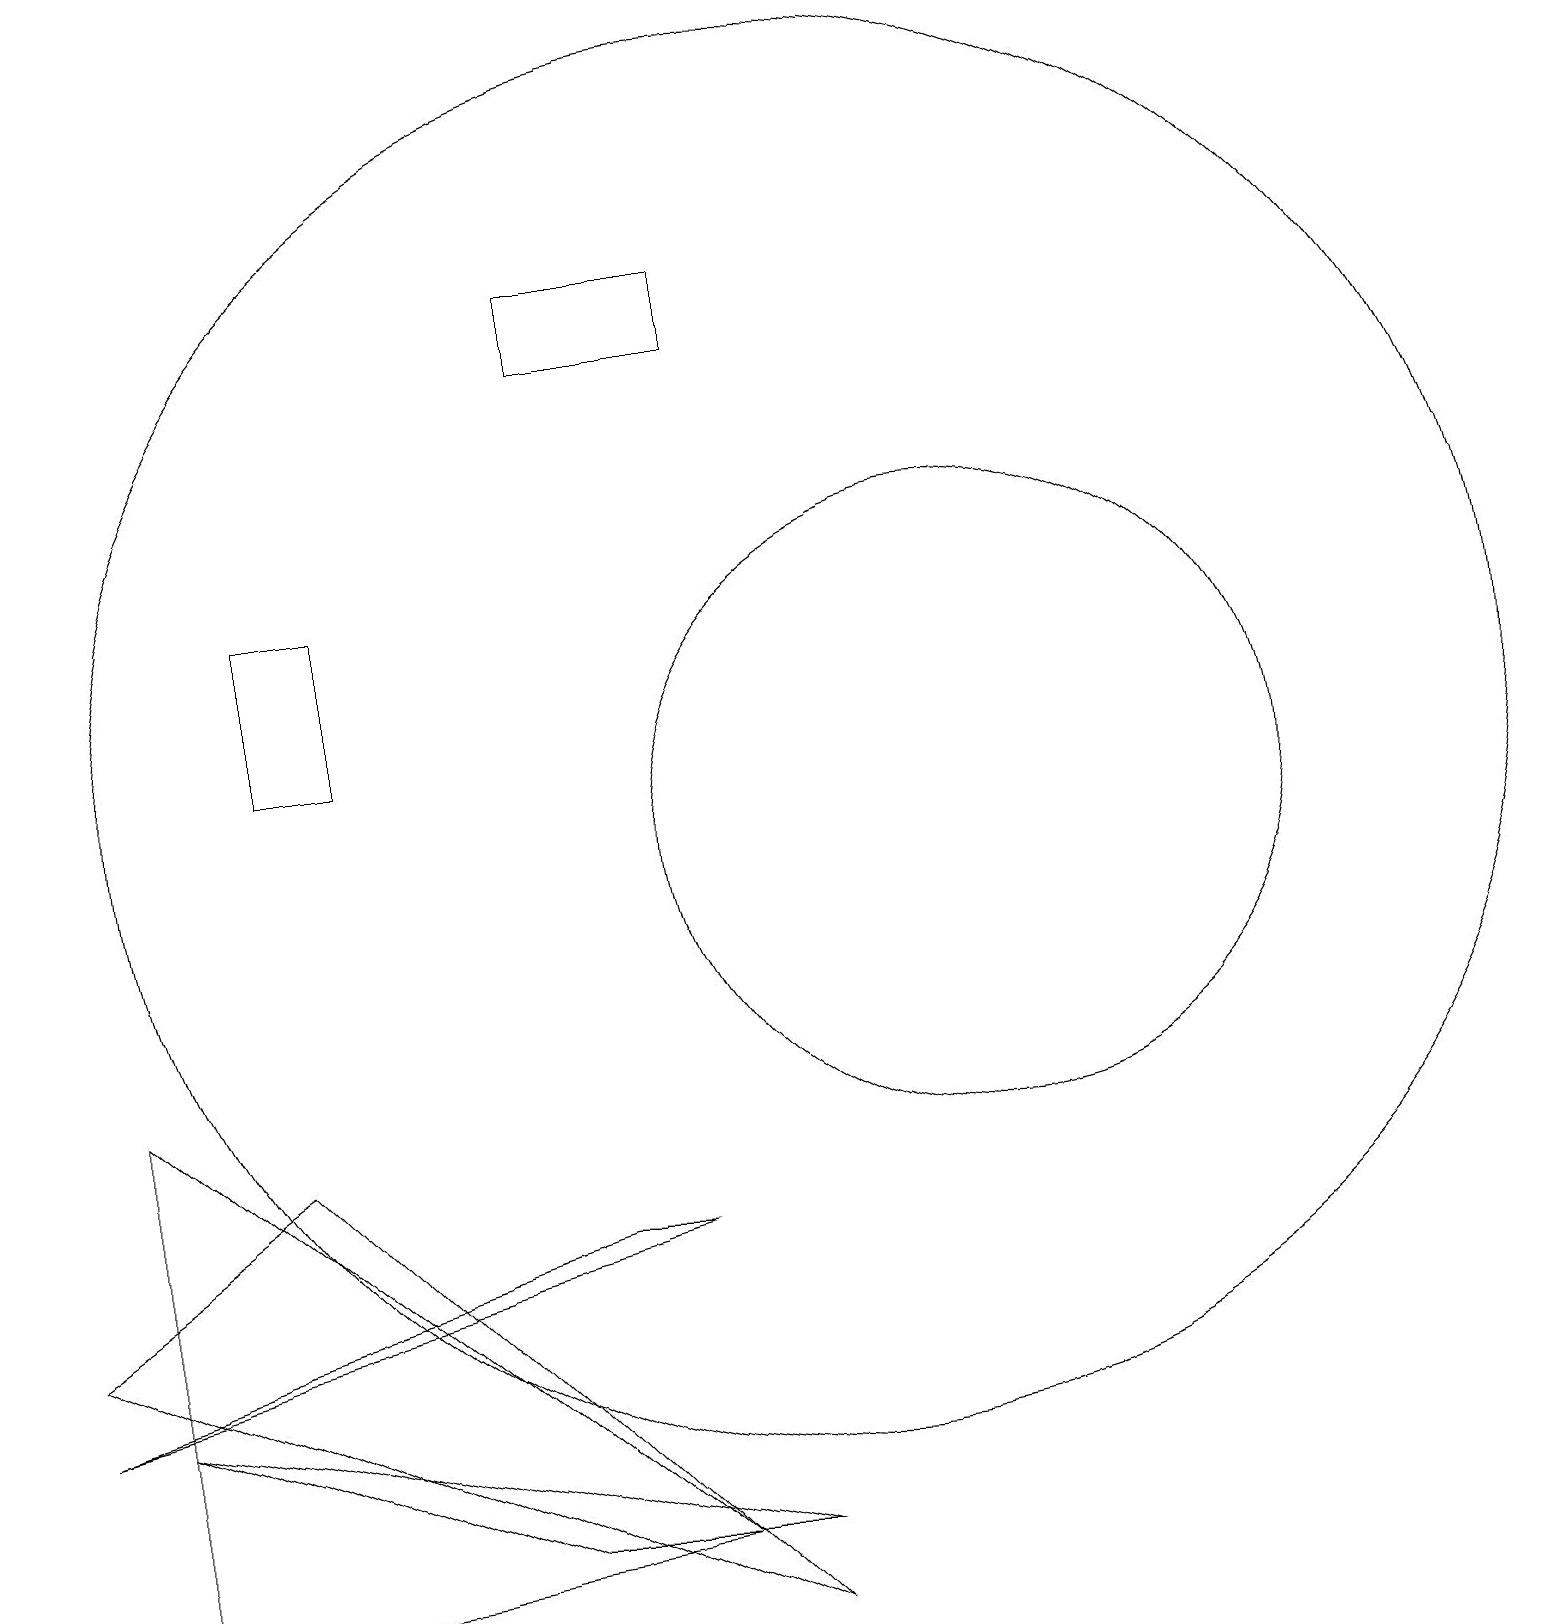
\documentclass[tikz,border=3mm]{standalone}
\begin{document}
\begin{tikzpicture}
\draw (10,11) circle (9);
\draw (12,10) circle (4);
\draw (4,13) rectangle (3,11);
\draw (9,17) rectangle (7,16);
\draw (1,3) -- (6,1) -- (9,1) -- cycle;
\draw (0,3) -- (7,5) -- (8,5) -- cycle;
\draw (1,0) -- (1,7) -- (8,1) -- cycle;
\draw (9,0) -- (0,4) -- (3,6) -- cycle;
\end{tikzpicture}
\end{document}